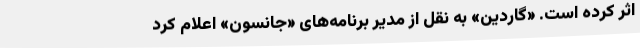
اثر کرده است. «گاردین»‌ به نقل از مدیر برنامه‌های «جانسون» اعلام کرد